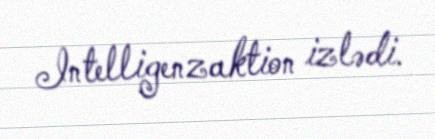
Intelligenzaktion izlədi.